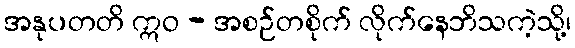
အနုပတတိ ဣဝ - အစဉ်တစိုက် လိုက်နေဘိသကဲ့သို့၊